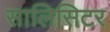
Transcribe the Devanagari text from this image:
सालिसिटर